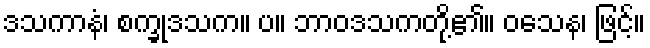
ဒသကာနံ၊ စက္ခုဒသက။ ပ။ ဘာဝဒသကတို့၏။ ဝသေန၊ ဖြင့်။